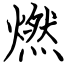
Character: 燃